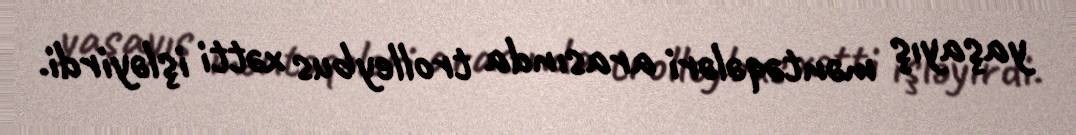
yaşayış məntəqələri arasında trolleybus xətti işləyirdi.